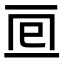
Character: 𠄢